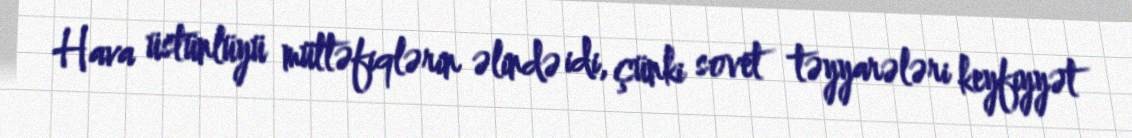
Hava üstünlüyü müttəfiqlərin əlində idi, çünki sovet təyyarələri keyfiyyət